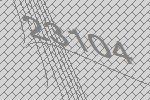
23104